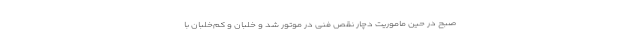
صبح در حین ماموریت دچار نقص فنی در موتور شد و خلبان و کم‌خلبان با